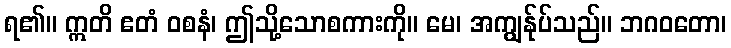
ရ၏။ ဣတိ ဧတံ ဝစနံ၊ ဤသို့သောစကားကို။ မေ၊ အကျွန်ုပ်သည်။ ဘဂဝတော၊